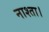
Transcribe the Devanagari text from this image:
नाश्ता।